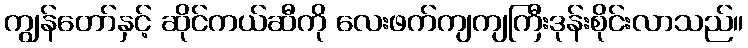
ကျွန်တော်နှင့် ဆိုင်ကယ်ဆီကို လေးဖက်ကျကျကြီးဒုန်းစိုင်းလာသည်။